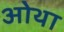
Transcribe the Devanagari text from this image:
ओथा